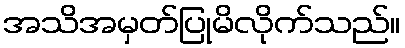
အသိအမှတ်ပြုမိလိုက်သည်။